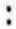
: